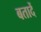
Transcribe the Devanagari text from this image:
बतादें